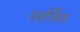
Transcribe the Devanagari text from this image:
सर्पिन